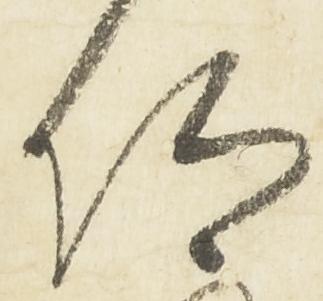
仰